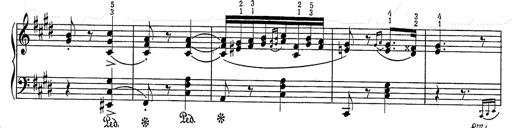
Title: Hungarian Rhapsody No.2
Composer: Franz Liszt
Key: C-sharp minor